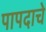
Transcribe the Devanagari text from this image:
पापदाचे